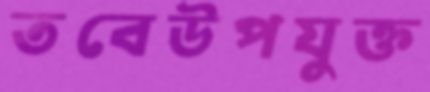
তবেউপযুক্ত